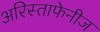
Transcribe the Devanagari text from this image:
अरिस्ताफेनीज